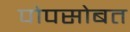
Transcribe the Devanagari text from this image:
पोपसोबत